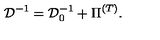
{ \cal D } ^ { - 1 } = { \cal D } _ { 0 } ^ { - 1 } + \Pi ^ { \left( T \right) } .